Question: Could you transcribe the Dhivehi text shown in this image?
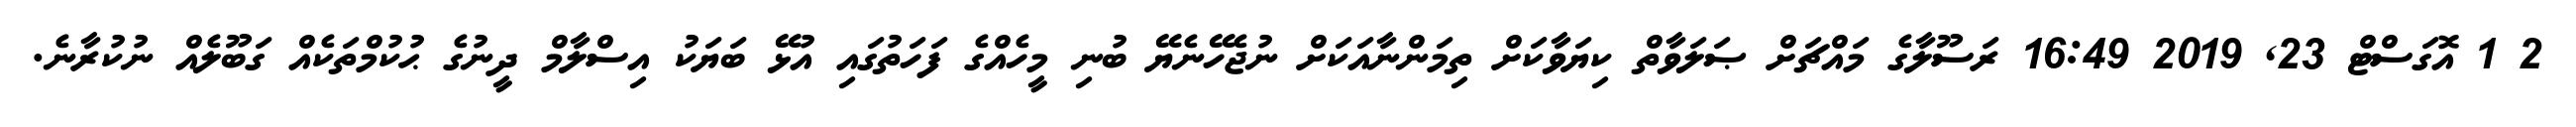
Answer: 2 1 އޮގަސްޓް 23, 2019 16:49 ރަސޫލާގެ މައްޗަށް ޞަލަވާތް ކިޔަވާކަށް ތިމަންނާއަކަށް ނުޖެހޭނެޔޭ ބުނި މީހެއްގެ ފަހަތުގައި އުޅޭ ބަޔަކު އިސްލާމް ދީނުގެ ޙުކުމްތަކެއް ގަބޫލެއް ނުކުރާނެ.